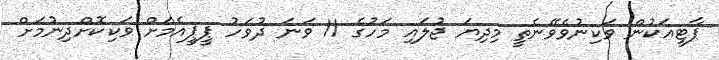
ޕާޓީއަކުން ވަކިނުވެވޭނެތީ މިދިޔަ ޖުލައި މަހުގެ 11 ވަނަ ދުވަހު ޕީޕީއެމަށް ވަކިކޮށްދިނުމަށް